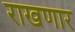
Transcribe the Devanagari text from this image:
राखणार